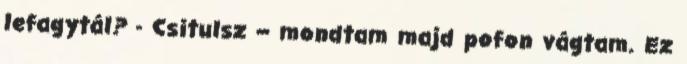
lefagytál? - Csitulsz – mondtam majd pofon vágtam. Ez